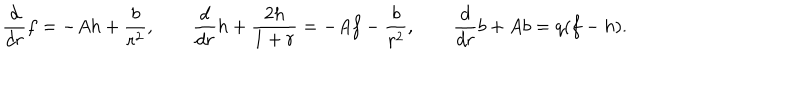
\frac { d } { d r } f = - A h + { \frac { b } { r ^ { 2 } } } , \qquad \frac { d } { d r } h + \frac { 2 h } { 1 + r } = - A f - { \frac { b } { r ^ { 2 } } } , \qquad \frac { d } { d r } b + A b = q ( f - h ) .